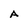
Character: A